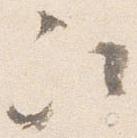
次